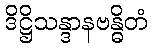
ဒိဋ္ဌိသန္ဒာနဗန္ဓိတံ